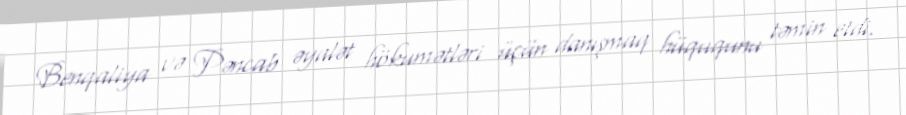
Benqaliya və Pəncab əyalət hökumətləri üçün danışmaq hüququnu təmin etdi.